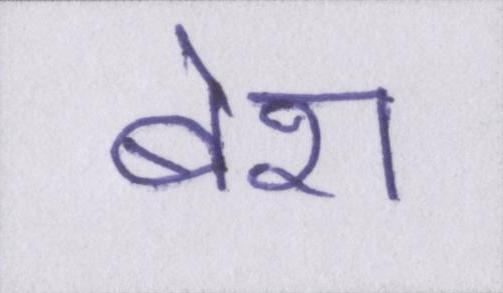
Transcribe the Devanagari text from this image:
बेश